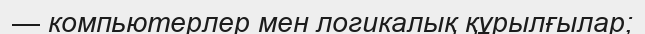
— компьютерлер мен логикалық құрылғылар;